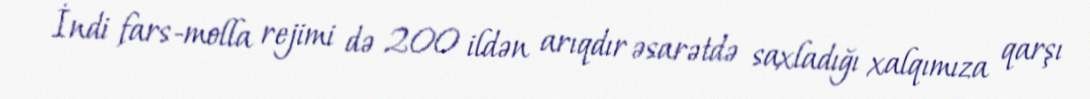
İndi fars-molla rejimi də 200 ildən arıqdır əsarətdə saxladığı xalqımıza qarşı